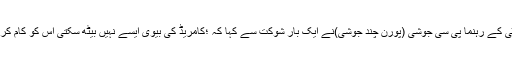
ان سب کی شروعات بھی یوں ہوئی کہ بھارتیہ کمیونسٹ پارٹی کے رہنما پی سی جوشی (پورن چند جوشی)نے ایک بار شوکت سے کہا کہ ؛کامریڈ کی بیوی ایسے نہیں بیٹھ سکتی اس کو کام کرنا چاہیے اور جب بچے ہوں تو ان کو اچھا شہری بنانا چاہیے۔